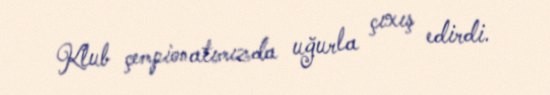
Klub çempionatımızda uğurla çıxış edirdi.